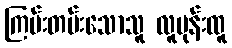
ကြမ်းတမ်းသောသူ လူမုန်းထူ